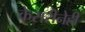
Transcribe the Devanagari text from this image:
केसरीनेही